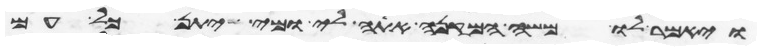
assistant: ויאמר לו משה המקנא אתה לי ומי יתן כל עם